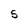
Character: 5